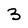
Character: 3